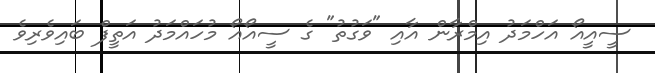
ސީއީއޯ އަހްމަދު އިމްރާން އާއި "ވަގުތު" ގެ ސީއޯއޯ މުހައްމަދު އަތީފް ބައިވެރިވެ